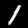
Digit: 1